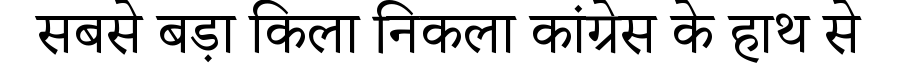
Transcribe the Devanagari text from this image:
सबसे बड़ा किला निकला कांग्रेस के हाथ से